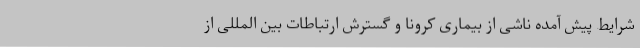
شرایط پیش آمده ناشی از بیماری کرونا و گسترش ارتباطات بین المللی از